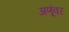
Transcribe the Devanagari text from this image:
अणूंवर